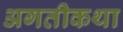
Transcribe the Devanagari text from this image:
अगतीकथा